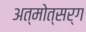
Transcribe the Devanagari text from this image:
अत्मोत्सर्ग